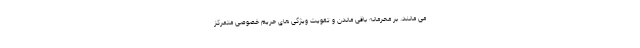
می مانند. بر محرمانه باقی ماندن و تقویت ویژگی های حریم خصوصی متمرکز